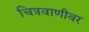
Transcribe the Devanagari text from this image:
चित्रवाणीवर